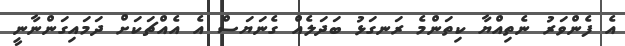
އެ ފެންވަރު ނެތިއްޔާ ކިތަންމެ ރަނގަޅު ބަދަލެއް ގެނަޔަސް އެ އެއްޗަކަށް ދަމައިގަންނާނީ